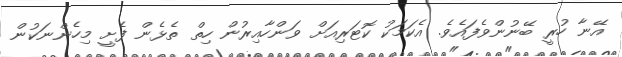
އޭނާ ހުރީ ބޭނުންވެފައެވެ. އެކަމަކު ކޮޓަރިއަށް ވަންހާއިރުން ހިތް ތެޅެން ފެށީ މިހެންނަކުން